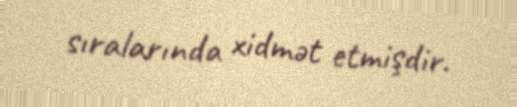
sıralarında xidmət etmişdir.